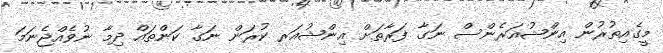
މީގެއިތުރުން އިންޝުއަރެންސް ނަގާ ފަރާތަށް އިންޝުއަރ ކުރަން ނަގާ ކަންތައް ދިމާ ނުވެއްޖެނަމަ